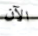
الآن